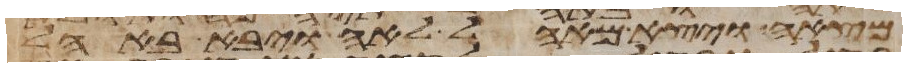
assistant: מצא ויצא מאהל לאה ויבא באהל